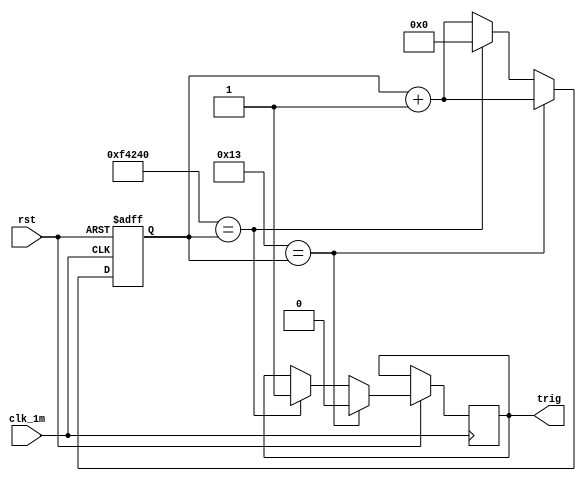
`timescale 1ns / 1ps
//////////////////////////////////////////////////////////////////////////////////
// Company: 
// Engineer: 
// 
// Design Name: 
// Module Name: TrigSignal
// Project Name: 
// Target Devices: 
// Tool Versions: 
// Description: 
// 
// Dependencies: 
// 
// Revision:
// Revision 0.01 - File Created
// Additional Comments:
// 
//////////////////////////////////////////////////////////////////////////////////

module TrigSignal(clk_1m, rst, trig); //10us
input clk_1m, rst;
output trig;

reg trig;
reg[19:0] count;
// 1000 000
always@(posedge clk_1m, negedge rst)
begin
    if (~rst)
        count <= 0;
    else
    begin
        if (19 == count)
        begin
            trig <= 0;
            count <= count + 1;
        end
        else 
        begin
            if (1000000 == count)
            begin
                trig <= 1;
                count <= 0;
            end
            else
                count <= count + 1;
        end
    end
end
endmodule